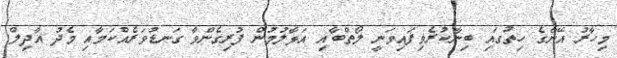
މިހާރު އޭނާގެ ހިތުގައި ބިނާކުރެވިފައިވަނީ ލޯތްބާއި އަޅާލުމުން ފުރިގެންވާ ގަނޑުވަރެއްކަމާއި މެދު އާދިލް